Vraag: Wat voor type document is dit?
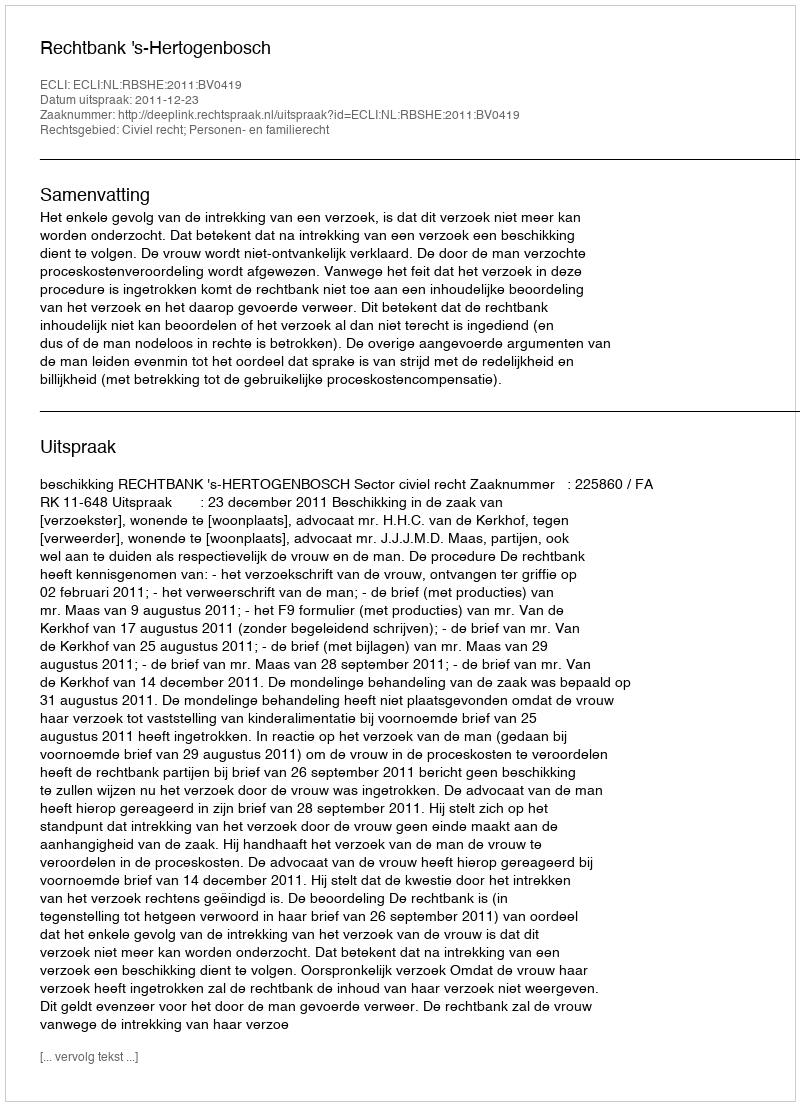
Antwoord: Uitspraak